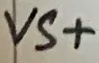
Text: VS+